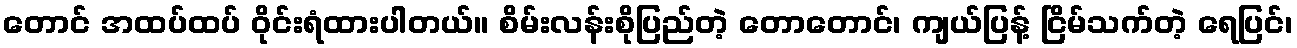
တောင် အထပ်ထပ် ဝိုင်းရံထားပါတယ်။ စိမ်းလန်းစိုပြည်တဲ့ တောတောင်၊ ကျယ်ပြန့် ငြိမ်သက်တဲ့ ရေပြင်၊